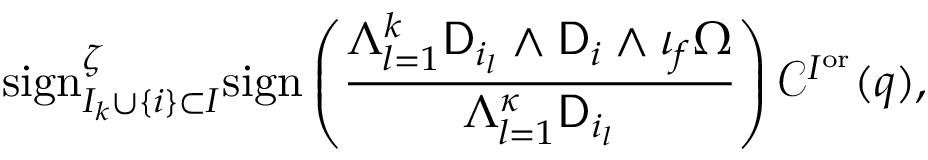
\mathrm { s i g n } _ { I _ { k } \cup \{ i \} \subset I } ^ { \zeta } \mathrm { s i g n } \left( \frac { \Lambda _ { l = 1 } ^ { k } \mathsf { D } _ { i _ { l } } \wedge \mathsf { D } _ { i } \wedge \iota _ { f } \Omega } { \Lambda _ { l = 1 } ^ { { \boldsymbol { \kappa } } } \mathsf { D } _ { i _ { l } } } \right) \mathcal { C } ^ { I ^ { \mathrm { o r } } } ( q ) ,